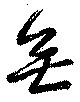
無